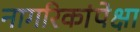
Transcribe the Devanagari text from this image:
नागरिकांपेक्षा